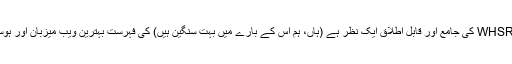
اس نوٹ پر، WHSR کی جامع اور قابل اطلاق ایک نظر ہے (ہاں، ہم اس کے بارے میں بہت سنگین ہیں) کی فہرست بہترین ویب میزبان اور ہوسٹنگ جائزے.